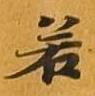
若